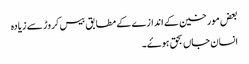
بعض مورخین کے اندازے کے مطابق بیس کروڑ سے زیادہ
انسان جاں بحق ہوۓ۔